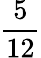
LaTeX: \frac{5}{12}